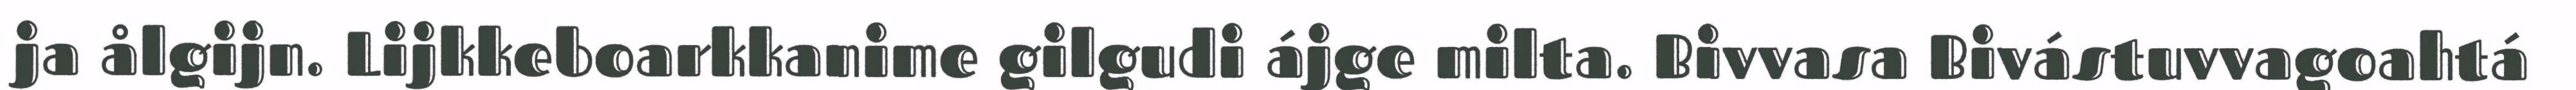
ja ålgijn. Lijkkeboarkkanime gilgudi ájge milta. Bivvasa Bivástuvvagoahtá